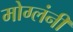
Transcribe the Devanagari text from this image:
मोग्लंनी